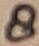
Text: 8